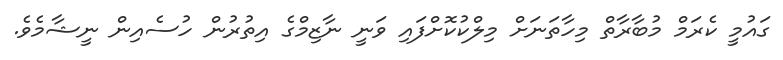
ގައުމީ ކެރަމް މުބާރާތް މިހާތަނަށް މިލްކުކޮށްފައި ވަނީ ނާޒިމްގެ އިތުރުން ހުސެއިން ނީޝާމެވެ.